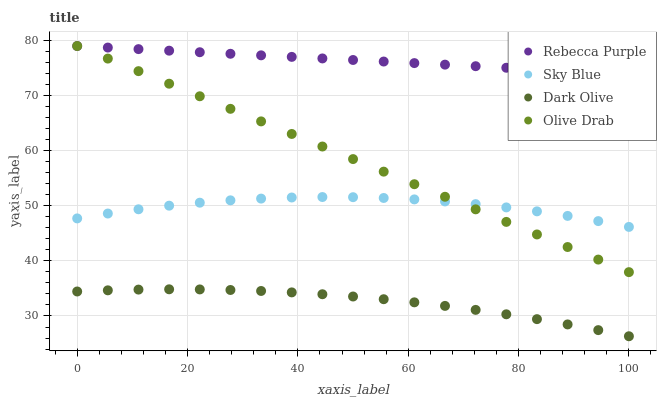
| xaxis_label | Rebecca Purple | Sky Blue | Dark Olive | Olive Drab |
 | --- | --- | --- | --- | --- |
 | 0 | 79 | 47.7 | 34.4 | 79 |
 | 5.56 | 78.7 | 48.6 | 34.7 | 76.7 |
 | 11.1 | 78.4 | 49.4 | 34.8 | 74.4 |
 | 16.7 | 78.2 | 50 | 34.8 | 72.2 |
 | 22.2 | 77.9 | 50.6 | 34.8 | 69.9 |
 | 27.8 | 77.6 | 51 | 34.7 | 67.6 |
 | 33.3 | 77.3 | 51.3 | 34.5 | 65.3 |
 | 38.9 | 77 | 51.5 | 34.3 | 63 |
 | 44.4 | 76.7 | 51.6 | 34 | 60.8 |
 | 50 | 76.5 | 51.6 | 33.5 | 58.5 |
 | 55.6 | 76.2 | 51.4 | 33 | 56.2 |
 | 61.1 | 75.9 | 51.2 | 32.5 | 53.9 |
 | 66.7 | 75.6 | 50.8 | 31.8 | 51.6 |
 | 72.2 | 75.3 | 50.3 | 31.1 | 49.4 |
 | 77.8 | 75.1 | 49.7 | 30.3 | 47.1 |
 | 83.3 | 74.8 | 49 | 29.4 | 44.8 |
 | 88.9 | 74.5 | 48.2 | 28.5 | 42.5 |
 | 94.4 | 74.2 | 47.2 | 27.4 | 40.2 |
 | 100 | 73.9 | 46.2 | 26.3 | 38 |